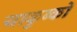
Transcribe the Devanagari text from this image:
याकुब्को